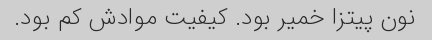
نون پیتزا خمیر بود. کیفیت موادش کم بود.